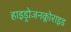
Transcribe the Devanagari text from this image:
हाइड्रोजनक्लोराइड